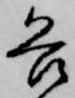
各